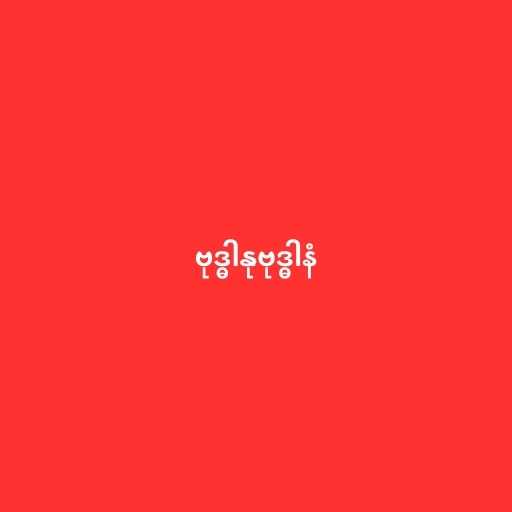
ဗုဒ္ဓါနုဗုဒ္ဓါနံ